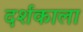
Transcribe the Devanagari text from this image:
दर्शकाला